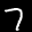
Label: 7